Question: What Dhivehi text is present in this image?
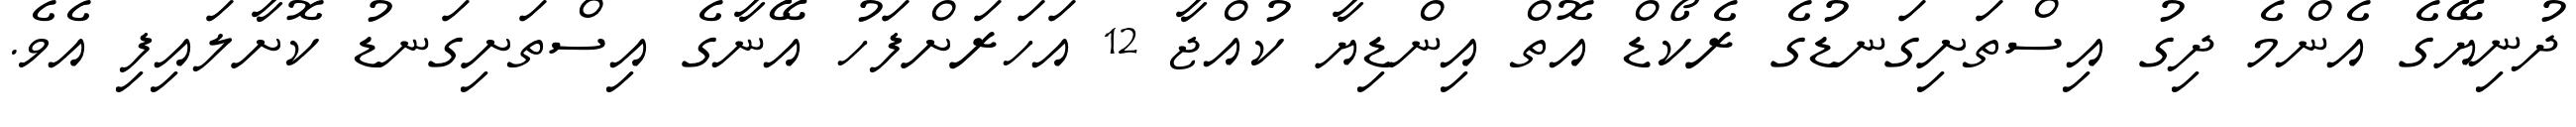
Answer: ދުނިޔޭގެ އެންމެ ދިގު އިސްތަށިގަނޑުގެ ރެކޯޑް އޮތް އިންޑިޔާ ކުއްޖާ 12 އަހަރަށްފަހު އޭނާގެ އިސްތަށިގަނޑު ކޮށާލައިފި އެވެ.